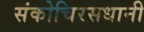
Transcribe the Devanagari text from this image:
संकोचिरसधानी